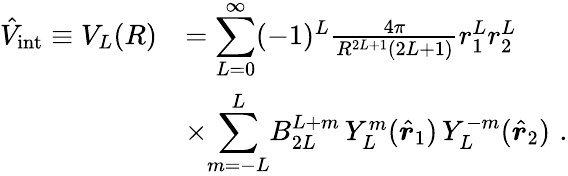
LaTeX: \begin{array}{rl}{\hat{V}_{\mathrm{int}}\equiv V_{L}(R)}&{={\displaystyle\sum_{L=0}^{\infty}}(-1)^{L}\frac{4\pi}{R^{2L+1}(2L+1)}r_{1}^{L}r_{2}^{L}}\\ &{\times{\displaystyle\sum_{m=-L}^{L}}B_{2L}^{L+m}\, Y_{L}^{m}(\hat{\boldsymbol{r}}_{1})\, Y_{L}^{-m}(\hat{\boldsymbol{r}}_{2})\, \, .}\end{array}